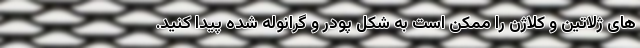
های ژلاتین و کلاژن را ممکن است به شکل پودر و گرانوله شده پیدا کنید.